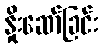
နှိုးဆော်ခြင်း